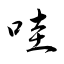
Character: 哇